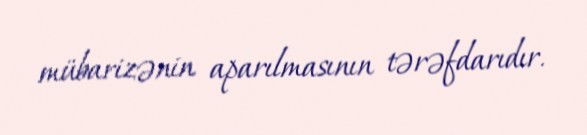
mübarizənin aparılmasının tərəfdarıdır.